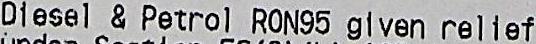
DIESEL & PETROL RON95 GLVEN RELIEF